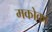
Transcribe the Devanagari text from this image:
मकोका